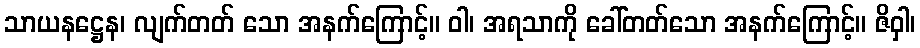
သာယနဋ္ဌေန၊ လျက်တတ် သော အနက်ကြောင့်။ ဝါ၊ အရသာကို ခေါ်တတ်သော အနက်ကြောင့်။ ဇိဝှါ၊